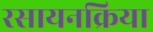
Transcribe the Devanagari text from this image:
रसायनक्रिया